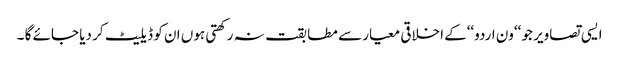
ایسی تصاویر جو ‘‘ون اردو‘‘کے اخلاقی معیار سے مطابقت نہ رکھتی ہوں ان کو ڈیلیٹ کر دیا جائے گا ۔